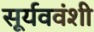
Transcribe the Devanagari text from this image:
सूर्यववंशी